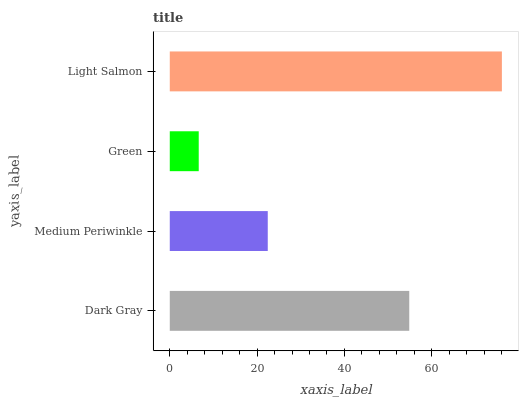
| yaxis_label | bars |
 | --- | --- |
 | Dark Gray | 54.8 |
 | Medium Periwinkle | 22.4 |
 | Green | 6.63 |
 | Light Salmon | 76 |